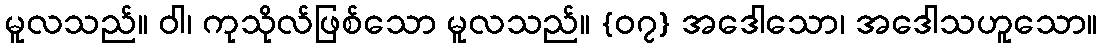
မူလသည်။ ဝါ၊ ကုသိုလ်ဖြစ်သော မူလသည်။ {၀၇} အဒေါသော၊ အဒေါသဟူသော။